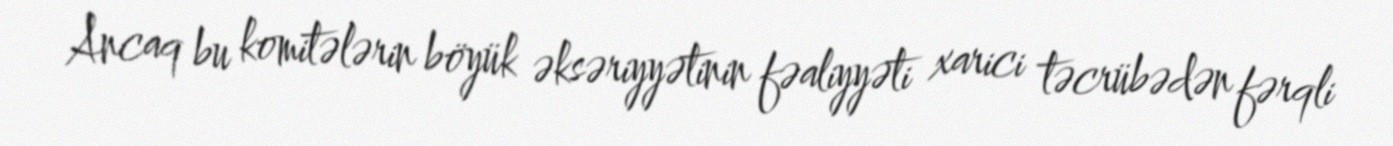
Ancaq bu komitələrin böyük əksəriyyətinin fəaliyyəti xarici təcrübədən fərqli